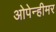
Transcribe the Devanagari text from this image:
ओपेन्हीमर